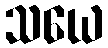
သယေ